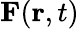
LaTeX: \mathbf{F}(\mathbf{r},t)